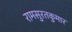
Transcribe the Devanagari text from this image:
रामसुरतकुमार